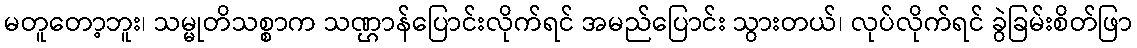
မတူတော့ဘူး၊ သမ္မုတိသစ္စာက သဏ္ဌာန်ပြောင်းလိုက်ရင် အမည်ပြောင်း သွားတယ်၊ လုပ်လိုက်ရင် ခွဲခြမ်းစိတ်ဖြာ